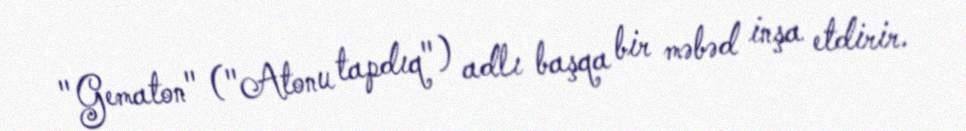
"Gematon" ("Atonu tapdıq") adlı başqa bir məbəd inşa etdirir.